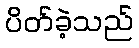
ပိတ်ခဲ့သည်